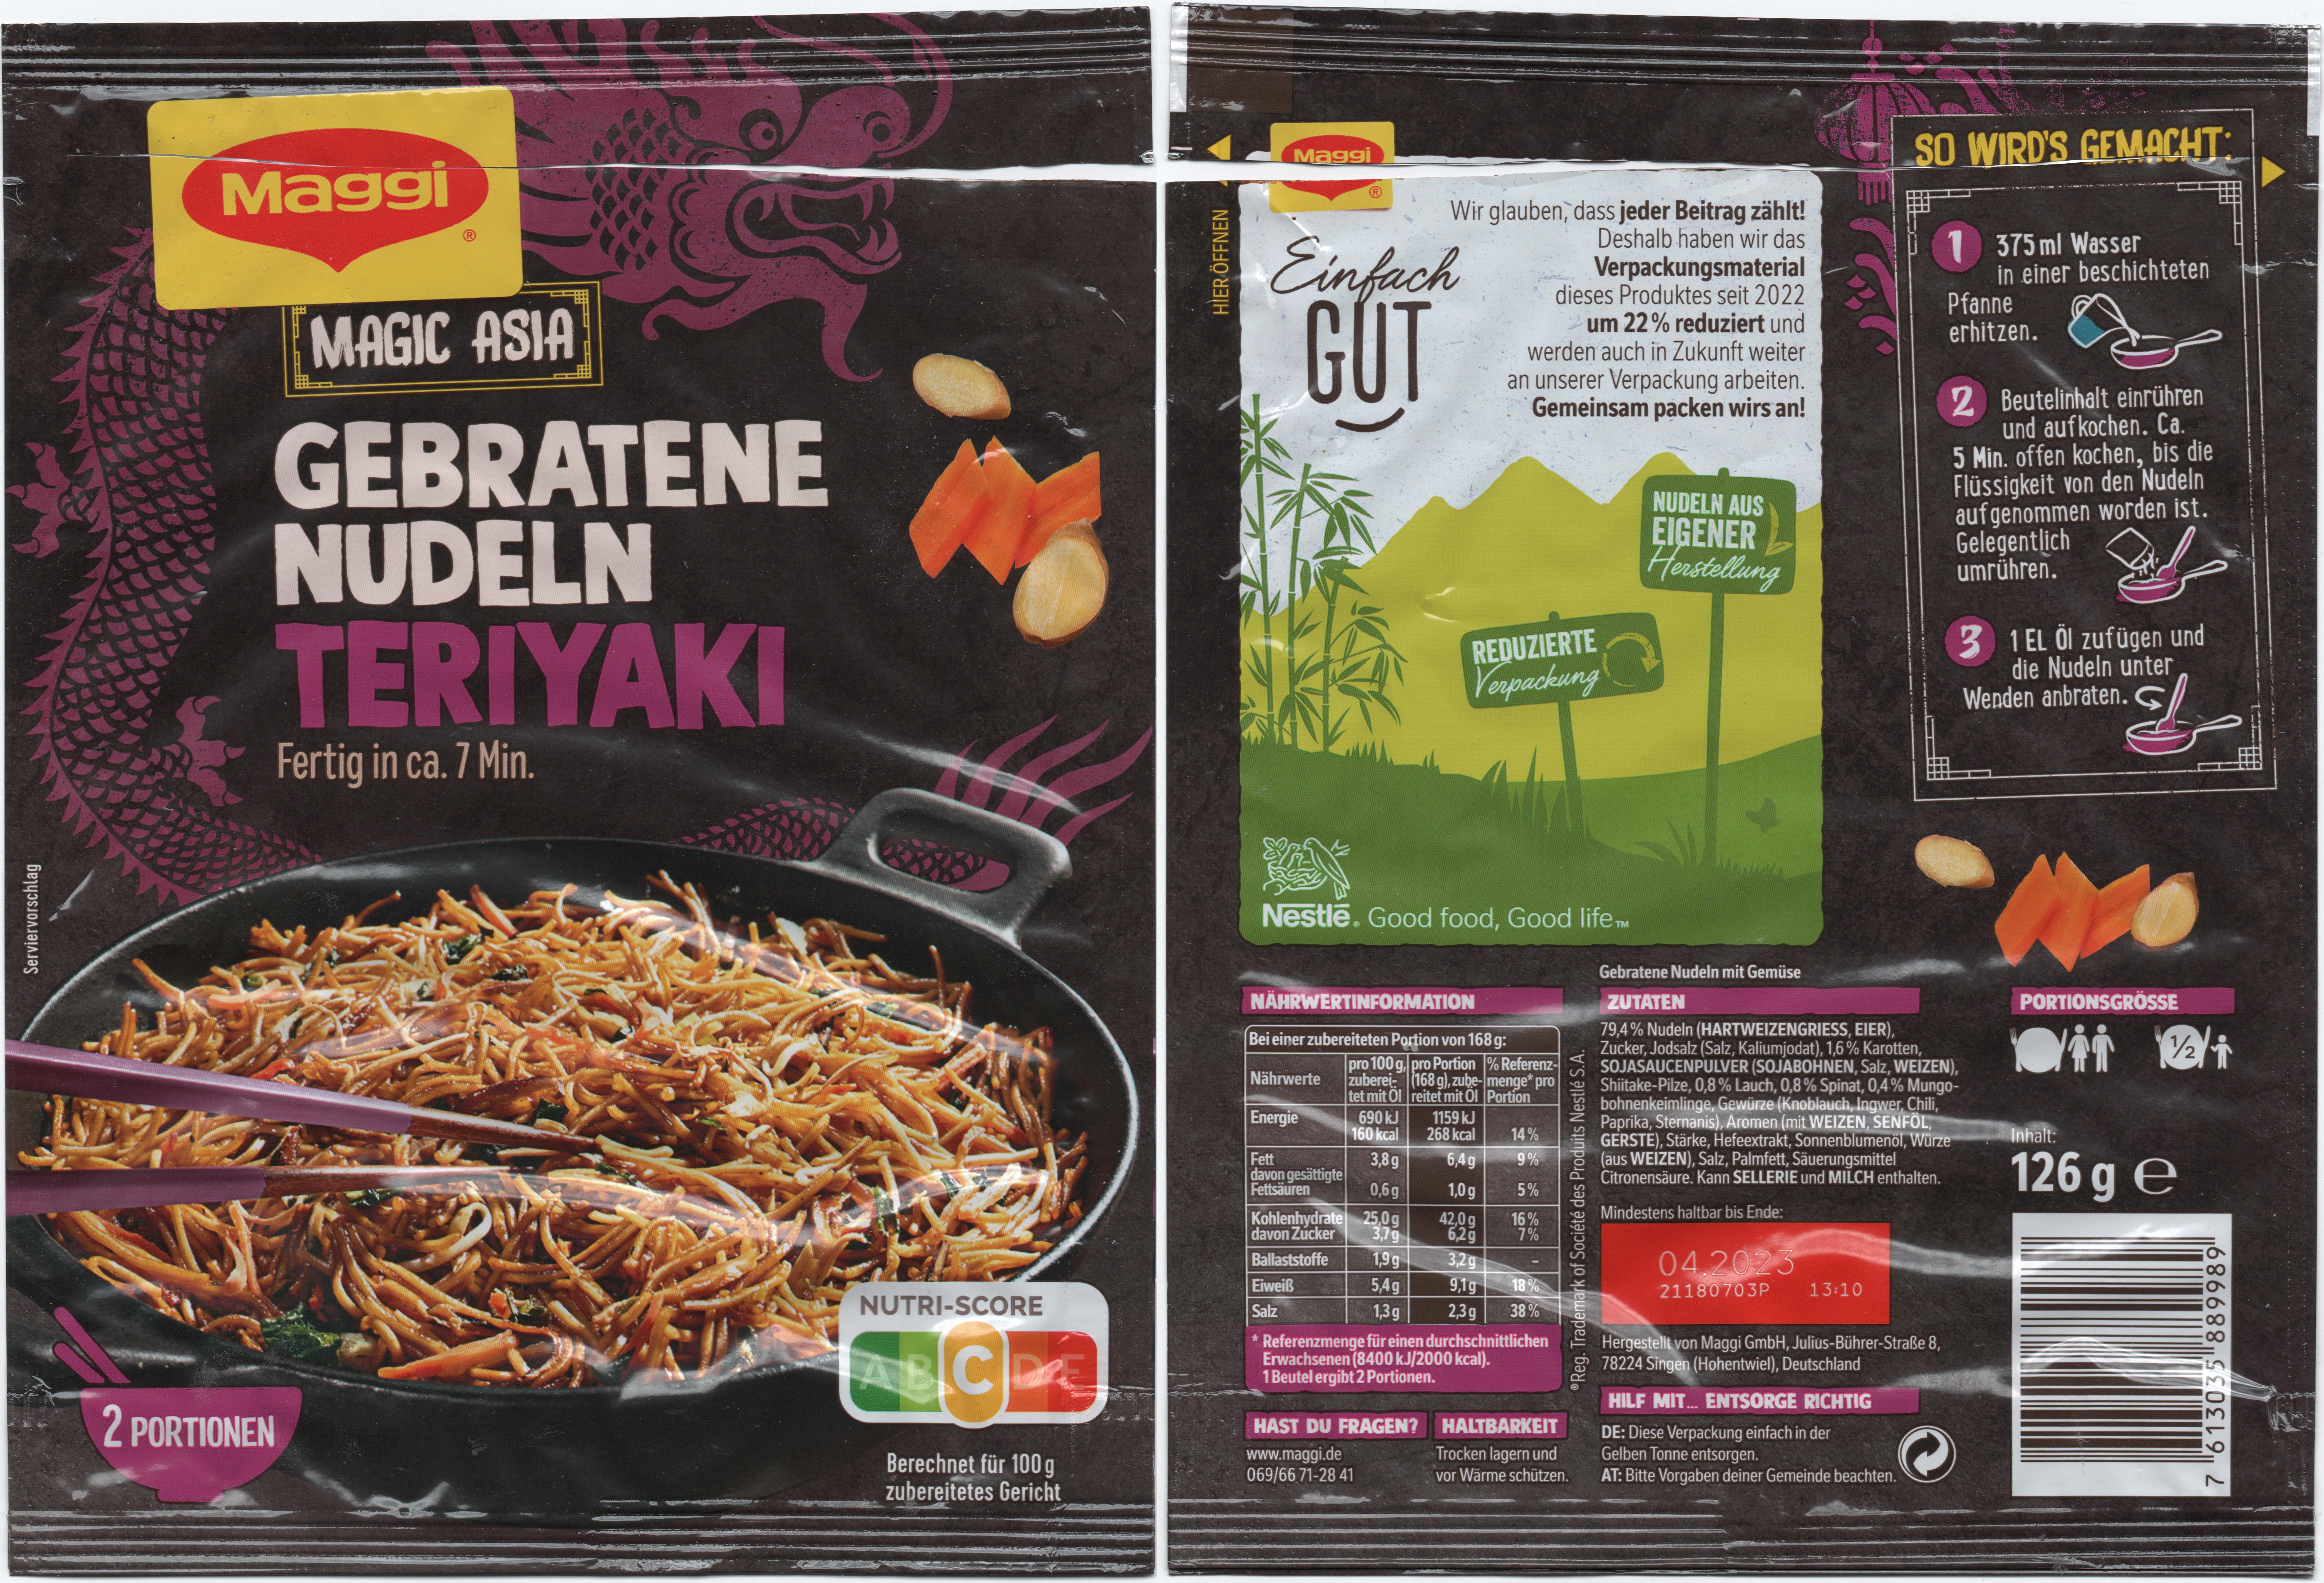
Serviervorschlag
W
Maggi
MAGIC ASIA
GEBRATENE NUDELN TERIYAKI
Fertig in ca. 7 Min.
2 PORTIONEN
4
S
FE
NUTRI-SCORE
ABC
D
Berechnet für 100 g zubereitetes Gericht
HIER ÖFFNEN
Maggi
Einfach
GUT
Nestle. Good food, Good lifeTM
Nährwerte
NÄHRWERTINFORMATION
Bei einer zubereiteten Portion von 168 g:
Wir glauben, dass jeder Beitrag zählt!
Deshalb haben wir das Verpackungsmaterial dieses Produktes seit 2022 um 22% reduziert und werden auch in Zukunft weiter an unserer Verpackung arbeiten. Gemeinsam packen wirs an!
Energie
690 kJ
160 kcal
3,8 g
0,6g
Kohlenhydrate 25,0g davon Zucker 3,7g Ballaststoffe Eiweiß Salz
1,9 g
5,4g
1,3g
Fett
davon gesättigte Fettsäuren
REDUZIERTE Verpackung
pro 100g, pro Portion % Referenzzuberei- (168 g), zube-menge* pro tet mit Öl reitet mit Öl Portion
HAST DU FRAGEN? www.maggi.de
069/66 71-28 41
1159 kJ
268 kcal
6,4g
1,0 g
42,0 g
6,2g
3,2g
9,1g
2,3g
14% 9% 5% 16% 7%
18% 38%
* Referenzmenge für einen durchschnittlichen Erwachsenen (8400 kJ/2000 kcal).
1 Beutel ergibt 2 Portionen.
HALTBARKEIT
Trocken lagern und
vor Wärme schützen.
Reg. Trademark of Société des Produits Nestlé S.A.
NUDELN AUS EIGENER Herstellung
Manuals
04.2023
21180703P
13:10
SO WIRD'S GEMACHT:
Hergestellt von Maggi GmbH, Julius-Bührer-Straße 8, 78224 Singen (Hohentwiel), Deutschland
HILF MIT... ENTSORGE RICHTIG DE: Diese Verpackung einfach in der Gelben Tonne entsorgen.
AT: Bitte Vorgaben deiner Gemeinde beachten.
1 375 ml Wasser
Gebratene Nudeln mit Gemüse
ZUTATEN
79,4% Nudeln (HARTWEIZENGRIESS, EIER), Zucker, Jodsalz (Salz, Kaliumjodat), 1,6% Karotten, SOJASAUCENPULVER (SOJABOHNEN, Salz, WEIZEN), Shiitake-Pilze, 0,8% Lauch, 0,8% Spinat, 0,4% Mungobohnenkeimlinge, Gewürze (Knoblauch, Ingwer, Chili, Paprika, Sternanis), Aromen (mit WEIZEN, SENFÖL, GERSTE), Stärke, Hefeextrakt, Sonnenblumenöl, Würze (aus WEIZEN), Salz, Palmfett, Säuerungsmittel Citronensäure. Kann SELLERIE und MILCH enthalten.
Mindestens haltbar bis Ende:
in einer beschichteten
Pfanne erhitzen.
2 Beutelinhalt einrühren
und aufkochen. Ca.
5 Min. offen kochen, bis die Flüssigkeit von den Nudeln aufgenommen worden ist. Gelegentlich umrühren.
3 1 EL Öl zufügen und die Nudeln unter Wenden anbraten.
d
PORTIONSGRÖSSE
Cii
½/2/1
Inhalt:
126 ge
7 "613035 889989
#77